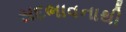
સદભાવનાથી